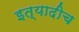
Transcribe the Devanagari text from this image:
इत्यादीच